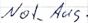
Text: Not_Aus